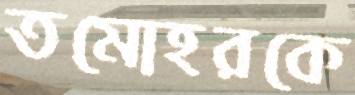
তমোহরকে